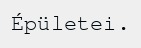
Épületei.